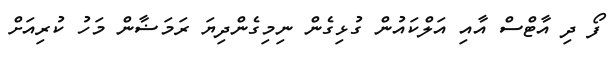
ފޯ ދި އާޓްސް އާއި އަލްކައުން ގުޅިގެން ނިމިގެންދިޔަ ރަމަޟާން މަހު ކުރިއަށް